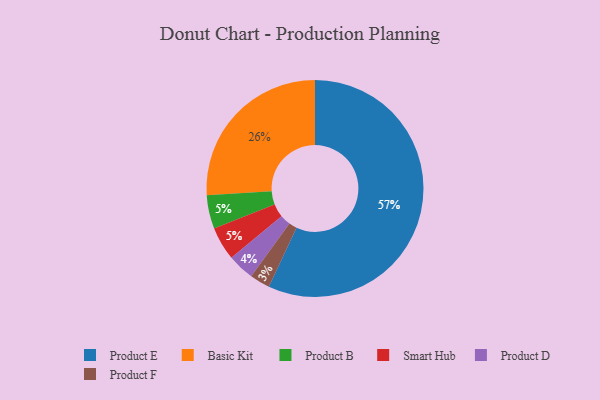
{"axis": {"x": "Category", "y": "Percentage"}, "legend": ["Basic Kit", "Product B", "Product D", "Product E", "Product F", "Smart Hub"], "data": [{"x": "Product E", "y": 57, "type": "Product E"}, {"x": "Basic Kit", "y": 26, "type": "Basic Kit"}, {"x": "Product F", "y": 3, "type": "Product F"}, {"x": "Product B", "y": 5, "type": "Product B"}, {"x": "Smart Hub", "y": 5, "type": "Smart Hub"}, {"x": "Product D", "y": 4, "type": "Product D"}]}